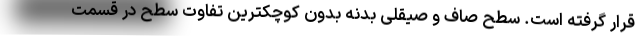
قرار گرفته است. سطح صاف و صیقلی بدنه بدون کوچکترین تفاوت سطح در قسمت